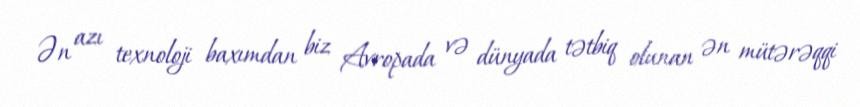
Ən azı texnoloji baxımdan biz Avropada və dünyada tətbiq olunan ən mütərəqqi